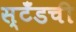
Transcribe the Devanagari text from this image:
स्टँडची